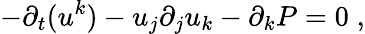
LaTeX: -\partial_{t}(u^{k})-u_{j}\partial_{j}u_{k}-\partial_{k}P=0\; ,